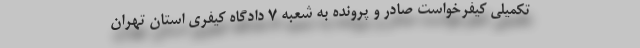
تکمیلی کیفرخواست صادر و پرونده به شعبه ۷ دادگاه کیفری استان تهران